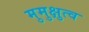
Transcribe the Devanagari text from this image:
मुमुक्षुत्व